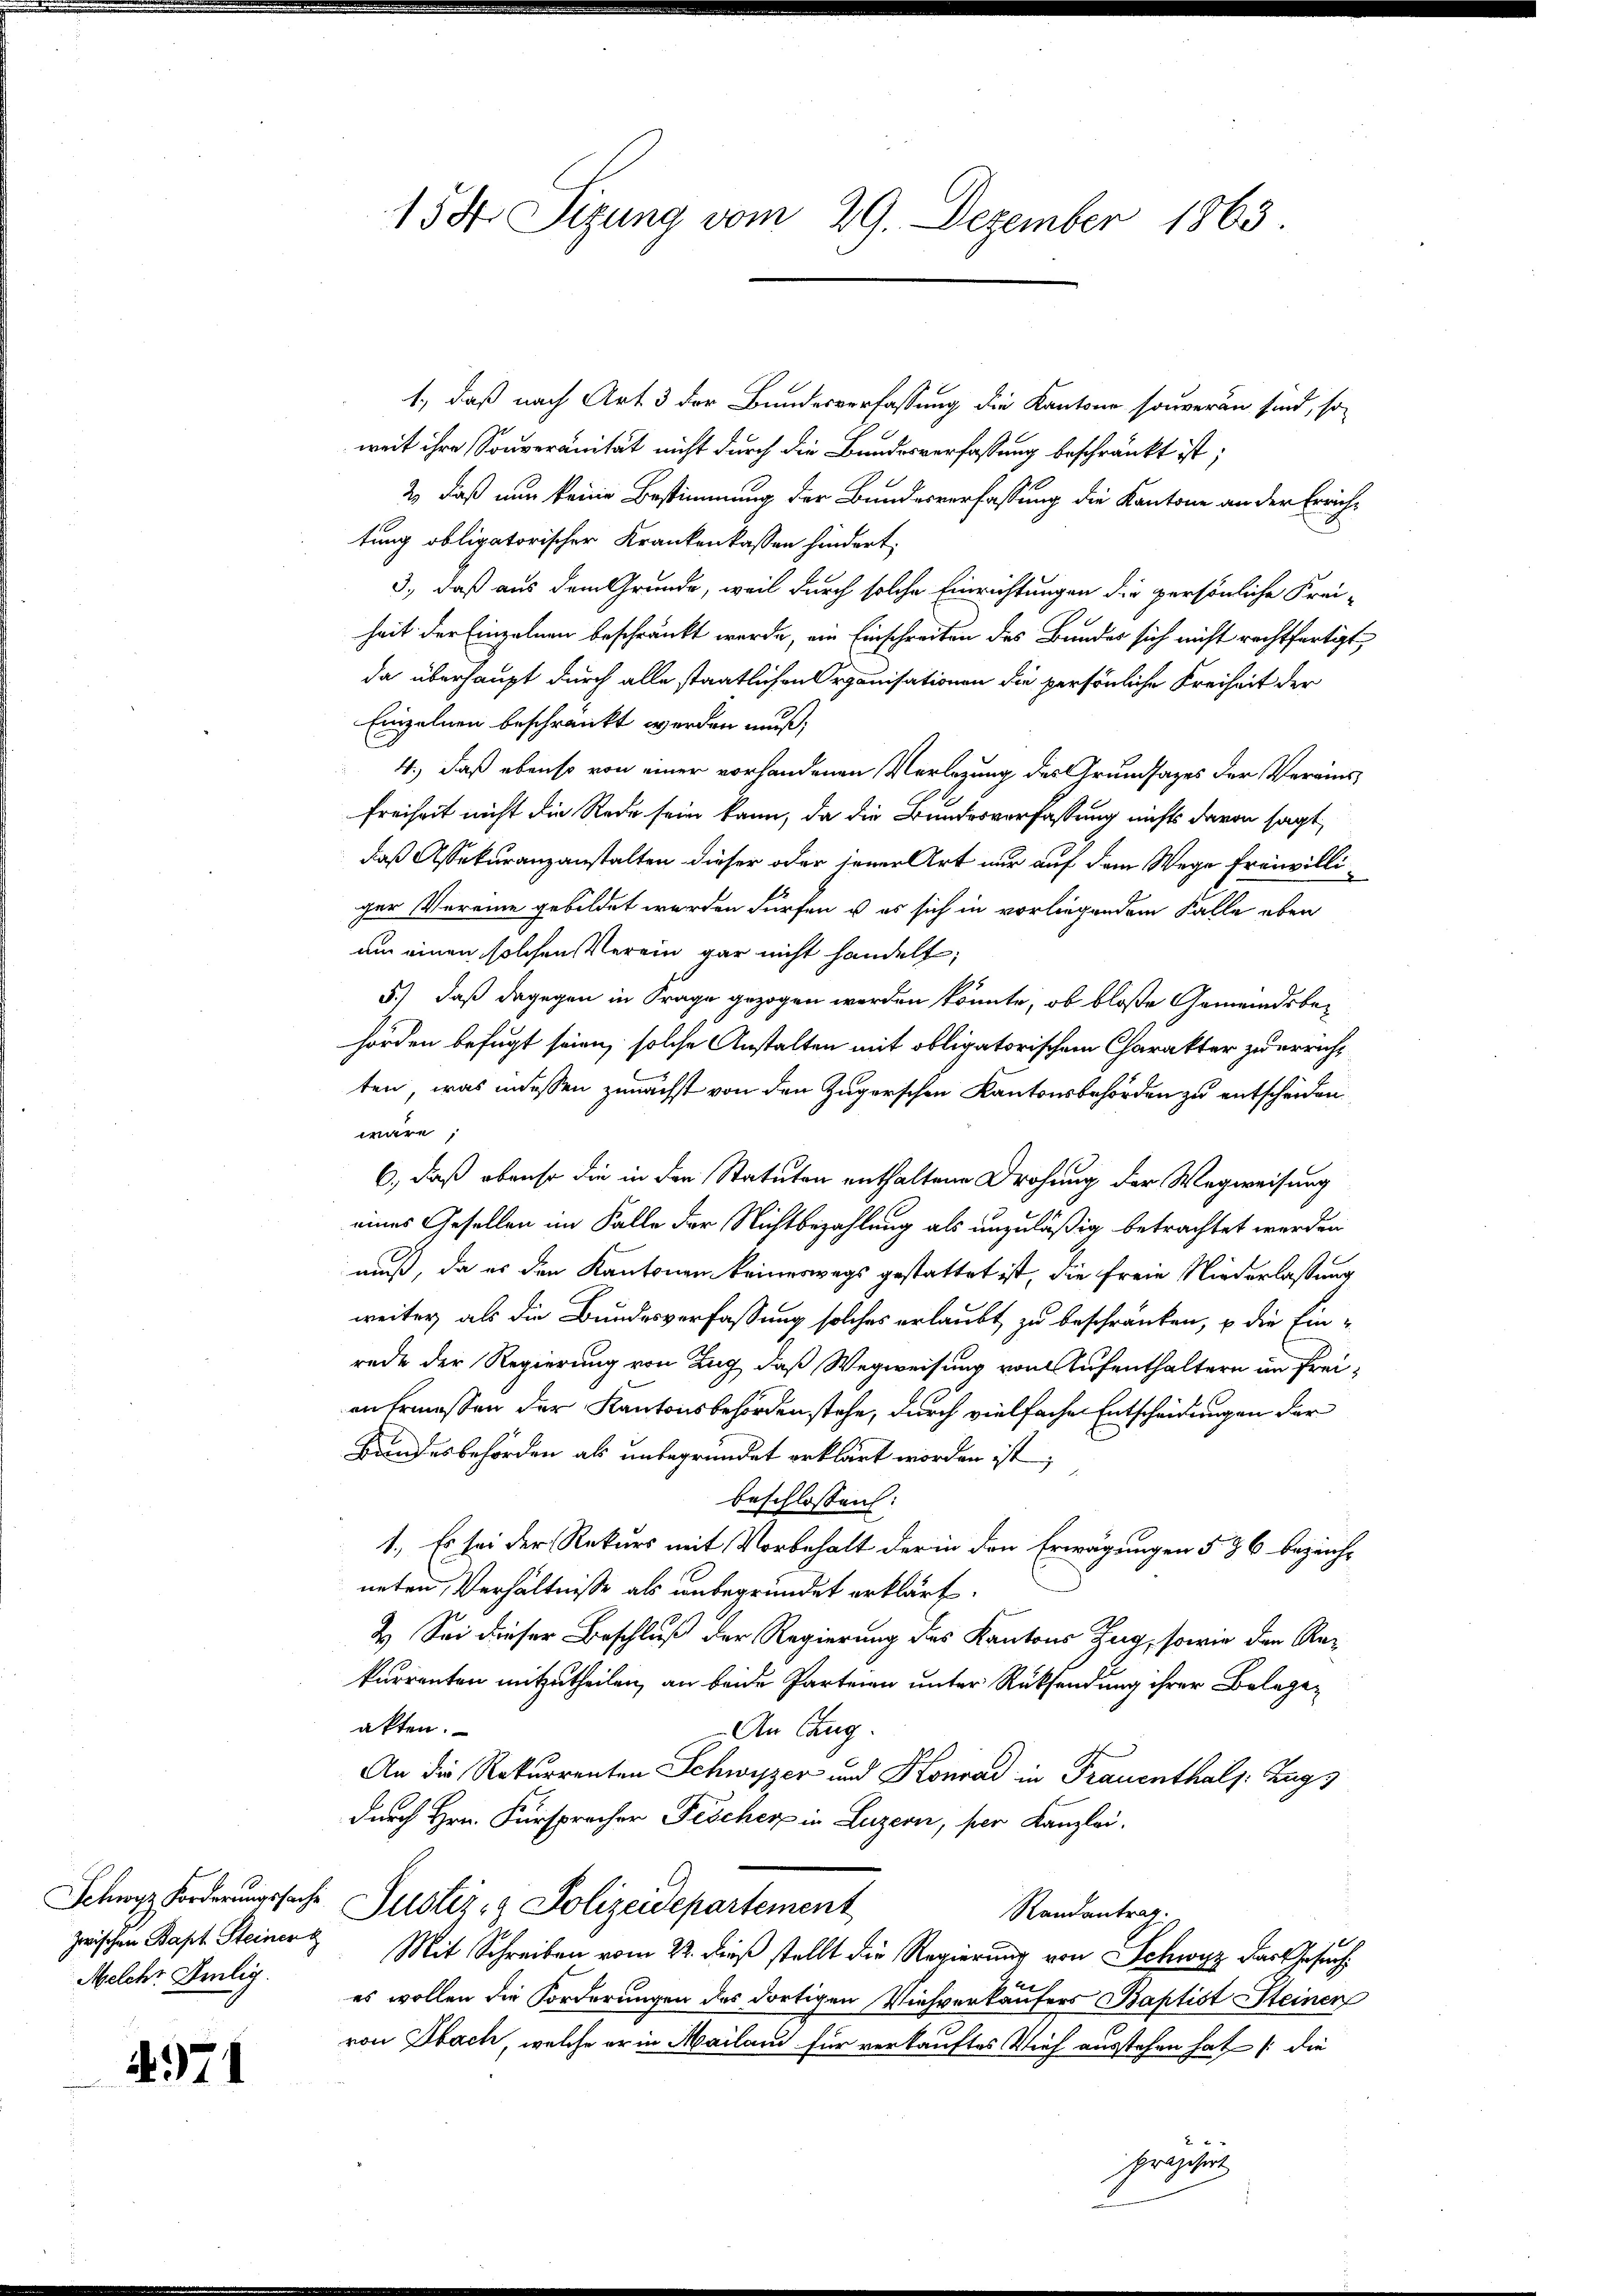
Melche Selig.

4971

1., daß nach Art. 3 der Bundesverfassung die Kantone souveran sind, soweit ihre Souveränität nicht durch die Bundesverfassung beschränkt ist;
2., daß nun keine Bestimmung der Bundesverfassung die Kantone an der Errichtung obligatorischer Krankenkassen hindert,
3., daß aus dem Grunde, weil durch solche Einrichtungen die persönliche Frei-
heit der Einzelnen beschränkt werde, ein Einschreiten des Bundes sich nicht rechtfertigt,
da überhaupt durch alle staatlichen Organisationen die persönliche Freiheit der
Einzelnen beschränkt werden muß;
4.) Daß ebenso von einer vorhandenen Verlegung des Grundsazes der Vereins¬
Freiheit nicht die Rede sein kann, da die Bundesverfassung nichts davon sagt,
daß Assekuranzanstalten dieser oder jener Art nur auf dem Wege freiwilliger Vereine gebildet werden dürfen u es sich in vorliegendem Falle eben
um einen solchen Verein gar nicht handelt;
5.) daß dagegen in Frage gezogen werden könnte, ob bloße Gemeindsbehörden befugt seien, solche Anstalten mit obligatorischem Charakter zu erricht
ten, was indessen zunächst von den Zugerschen Kantonsbehörden zu entscheiden
wäre;
6., daß obenso die in den Statuten enthaltene Drohung der Wegweisung
eines Gesellen im Falle der Nichtbezahlung als unzuläßig betrachtet werden
muß, da es den Kantonen keineswegs gestattet ist, die freie Niederlassung
weiter, als die Bundesverfassung solches erlaubt zu beschränken, u die Ein-
rede der Regierung von Zug, daß Wegweisung von Aufenthaltern im Freian Ermessen der Kantonsbehörden stehe, durch vielfache Entscheidungen der
Kundesbehörden als unbegründet erklärt worden ist,
beschlossen:
1.) Es sei der Rekurs mit Vorbehalt der in den Erwägungen § 86 bezeichneten Verhältnisse als unbegründet erklärt.
2. Sei dieser Beschluß der Regierung des Kantons Zug, sowie der Rekurrenten mitzutheilen, an beide Parteien unter Rücksendung ihrer Belegen
akten.
An Eug
An die Rekurrenten Schwyzer und Konrad in Trauenthals: Zugs
durch Hrn. Fürsprecher Fischen in Luzern, per Kanzlei.
Schwyz Forderungssache Justiz- & Polizeidepartement
Randantrag.
zwischen Bapt. Steiner Mit Schreiben vom 22. dieß stellt die Regierung von Schwyz das Gesuch
es wollen die Forderungen des dortigen Viehverkäufers Baptist Steinen
von Obach, welche er in Mailand für verkauftes Vieh ausstehen hat /: die
Irisirt,

155 Sizung vom 29. Dezember 1863.